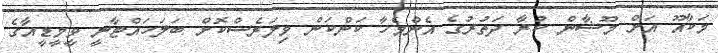
މަކާއޫ އަށް މޫޝާން ކުރާ ދަތުރުގެ އެންމެހާ ކަންކަން ވިލަރެސްކޮށް ބަލަހައްޓާނީ ވީމީޑީއާގެ